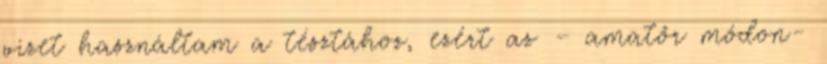
vizet használtam a tésztához, ezért az – amatőr módon-